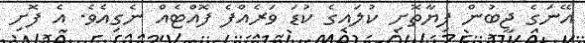
އޭނަގެ ޖީބުން ފިޔާތޮށި ކުލައިގެ ކުޑަ ވަރެއްފެ ފޮއްޓެއް ނެގިއެވެ. އެ ފޮށި